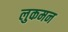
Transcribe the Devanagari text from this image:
लुकमन